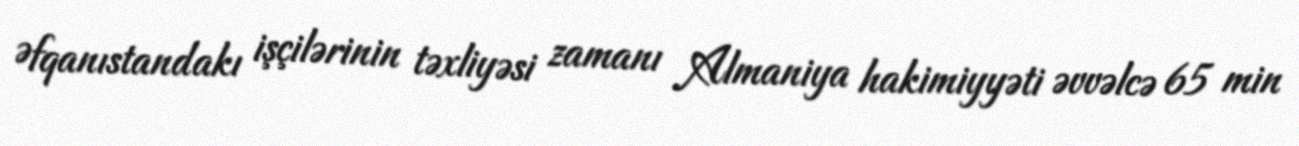
Əfqanıstandakı işçilərinin təxliyəsi zamanı Almaniya hakimiyyəti əvvəlcə 65 min